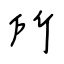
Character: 所